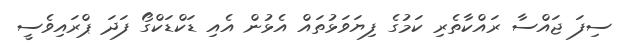
ސިފަ ޖައްސާ ރައްކާތެރި ކަމުގެ ފިޔަވަޅުތައް އެޅުން އެއި ޑަކްޑަކްގޯ ފަދަ ޕްރައިވެސީ